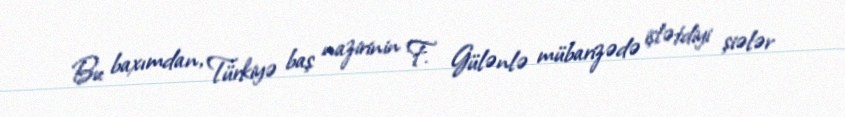
Bu baxımdan, Türkiyə baş nazirinin F. Gülənlə mübarizədə işlətdiyi şiələr